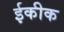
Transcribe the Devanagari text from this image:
ईकीक